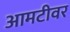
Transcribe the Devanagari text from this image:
आमटीवर